Annual report on the mental hospital in the Central Provinces and Berar (Nagpur) - 1927-1951
Year: 1927
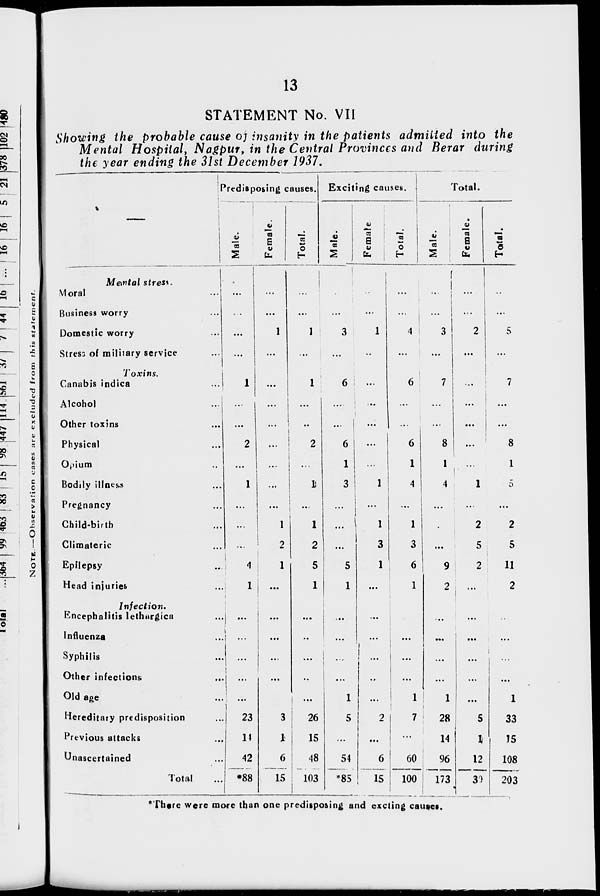
13
STATEMENT No. VII
Showing the probable cause of insanity in the patients admitted into the
Mental Hospital, Nagpur, in the Central Provinces and Berar during
the year ending the 31st December 1937.
—
Mental stress.
Moral
...
Business worry ...
Domestic worry ...
Stress of military service ...
Toxins.
Canabis indica ...
Alcohol ...
Other toxins ...
Physical ...
Opium ...
Bodily illness ...
Pregnancy ...
Child-birth ...
Climateric ...
Epilepsy ...
Head injuries ...
Infection.
Encephalitis lethargica ...
Influenza ...
Syphilis ...
Other infections ...
Old age ...
Hereditary predisposition ...
Previous attacks ...
Unascertained ...
Total ...
Predisposing causes.
Male.
...
...
...
...
1
...
...
2
...
1
...
...
...
4
1
...
...
...
...
...
23
14
42
*88
Female.
...
...
1
...
...
...
...
...
...
...
...
1
2
1
...
...
...
...
...
...
3
1
6
15
Total.
...
...
1
...
1
...
...
2
...
1
...
1
2
5
1
...
...
...
...
...
26
15
48
103
Exciting causes.
Male.
...
...
3
...
6
...
...
6
1
3
...
...
...
5
1
...
...
...
...
1
5
...
54
*85
Female.
...
...
1
...
...
...
...
...
...
1
...
1
3
1
...
...
...
...
...
...
2
...
6
15
Total.
...
...
4
...
6
...
...
6
1
4
...
1
3
6
1
...
...
...
...
1
7
...
60
100
Total.
Male.
...
...
3
...
7
...
...
8
1
4
...
...
...
9
2
...
...
...
...
1
28
14
96
173
Female.
...
...
2
...
...
...
...
...
...
1
...
2
5
2
...
...
...
...
...
...
5
1
12
30
Total.
...
...
5
...
7
...
...
8
1
5
...
2
5
11
2
...
...
...
...
1
33
15
108
203
*There were more than one predisposing and excting causes.